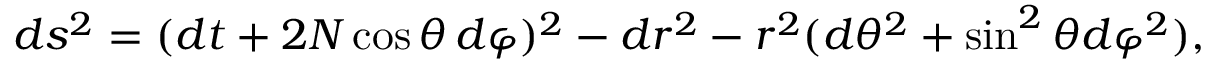
d s ^ { 2 } = ( d t + 2 N \cos \theta \, d \varphi ) ^ { 2 } - d r ^ { 2 } - r ^ { 2 } ( d \theta ^ { 2 } + \sin ^ { 2 } \theta d \varphi ^ { 2 } ) ,